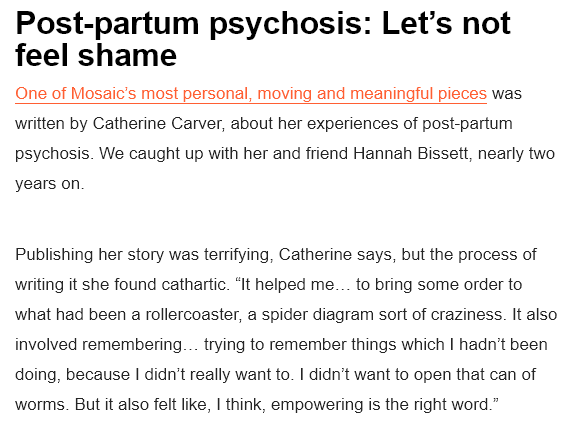
Post-partum    psychosis:    Let’s    not
  feel    shame
  One of Mosaic’s most personal, moving and meaningful pieces was
  written by Catherine Carver, about her experiences of post-partum
  psychosis. We caught up with her and friend Hannah Bissett, nearly two
  years on
  Publishing her story was terrifying, Catherine says, but the process of
  writing it she found cathartic. ‘It helped me... to bring some order to
  what had been a rollercoaster, a spider diagram sort of craziness. It also
  involved remembering... trying to remember things which | hadn't been
  doing, because | didn’t really want to. | didn’t want to open that can of
  worms. But it also felt like, | think, empowering is the right word.”